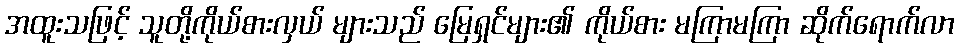
အထူးသဖြင့် သူတို့ကိုယ်စားလှယ် များသည် မြေရှင်များ၏ ကိုယ်စား မကြာမကြာ ဆိုက်ရောက်လာ